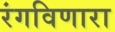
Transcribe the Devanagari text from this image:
रंगविणारा